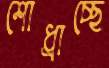
শোধ্‌রাচ্ছে